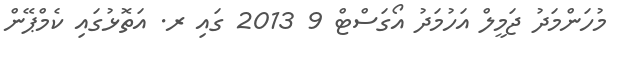
މުހަންމަދު ޖަމީލް އަހުމަދު އޯގަސްޓް 9 2013 ގައި ރ. އަތޮޅުގައި ކެމްޕޭން